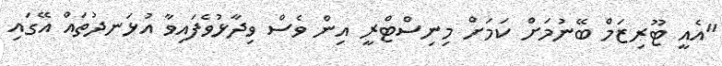
"އެއީ ޓޫރިޒަމް ބޭނުމަށް ކަމަށް މިނިސްޓްރީ އިން ވެސް ވިދާޅުވެފައިވާ އުޅަނދުތައް އޭގައި